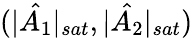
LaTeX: (|\hat{A_{1}}|_{sat},|\hat{A_{2}}|_{sat})